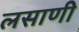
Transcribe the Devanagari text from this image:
लसाणी